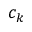
c _ { k }